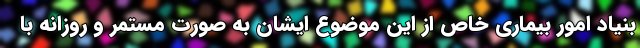
بنیاد امور بیماری خاص از این موضوع ایشان به صورت مستمر و روزانه با